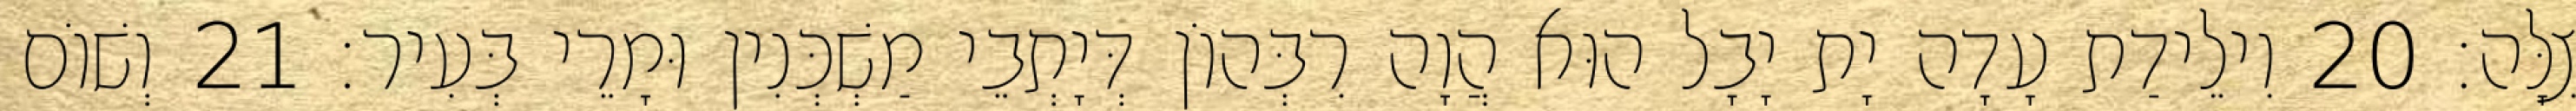
צִלָּה׃ 20 וִילֵידַת עָדָה יָת יָבָל הוּא הֲוָה רִבְּהוֹן דְּיָתְבֵי מַשְׁכְּנִין וּמָרֵי בְּעִיר׃ 21 וְשׁוֹם